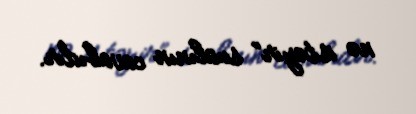
nə istəyir” sualının cavabıdır.